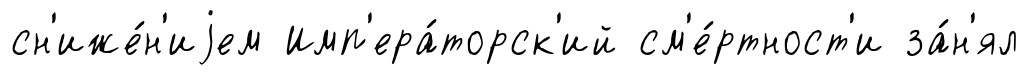
сн'иже́н'иjем Имп'ера́торск'ий см'е́ртност'и за́н'ял